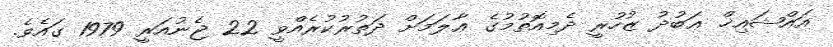
އައްޝައިޚް ޢަބުދު ޒުހުރީ ދެމިއޮތުމުގެ ޢާލަމަށް ދަތުރުކުރެއްވީ 22 ޖެނުއަރީ 1979 ގައެވެ.